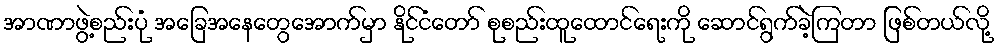
အာဏာဖွဲ့စည်းပုံ အခြေအနေတွေအောက်မှာ နိုင်ငံတော် စုစည်းထူထောင်ရေးကို ဆောင်ရွက်ခဲ့ကြတာ ဖြစ်တယ်လို့